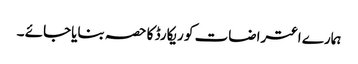
ہمارے اعتراضات کو ریکارڈ کا حصہ بنایاجائے ۔